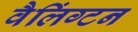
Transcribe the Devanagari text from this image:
वैलिंग्टन